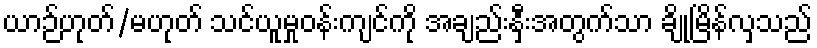
ယာဉ်ဟုတ်/မဟုတ် သင်ယူမှုဝန်းကျင်ကို အချည်းနှီးအတွက်သာ ချိုမြိန်လှသည်